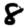
Digit: 8